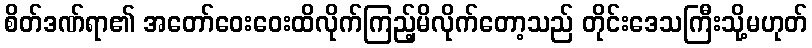
စိတ်ဒဏ်ရာ၏ အတော်ဝေးဝေးထိလိုက်ကြည့်မိလိုက်တော့သည် တိုင်းဒေသကြီးသို့မဟုတ်